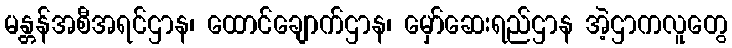
မန္တန်အစီအရင်ဌာန၊ ထောင်ချောက်ဌာန၊ မှော်ဆေးရည်ဌာန အဲ့ဌာကလူတွေ